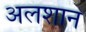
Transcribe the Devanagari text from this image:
अलशान